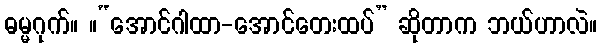
ဓမ္မဂုက်။ ။“အောင်ဂါထာ-အောင်တေးထပ်” ဆိုတာက ဘယ်ဟာလဲ။